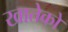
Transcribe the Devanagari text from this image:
खातेको